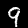
Digit: 9